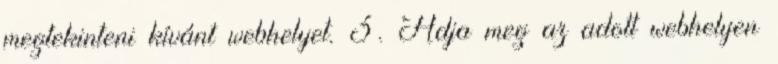
megtekinteni kívánt webhelyet. 3. Adja meg az adott webhelyen